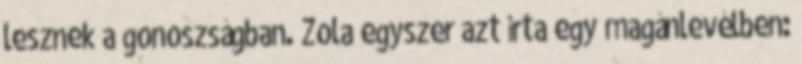
lesznek a gonoszságban. Zola egyszer azt írta egy magánlevélben: